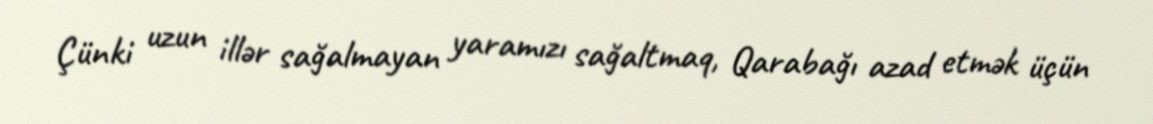
Çünki uzun illər sağalmayan yaramızı sağaltmaq, Qarabağı azad etmək üçün